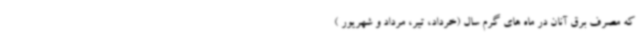
که مصرف برق آنان در ماه های گرم سال (خرداد، تیر، مرداد و شهریور )